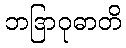
ဘဒြာဝုဓာတိ